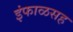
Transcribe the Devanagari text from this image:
इंफाळसह